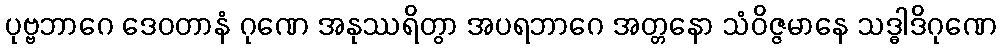
ပုဗ္ဗဘာဂေ ဒေဝတာနံ ဂုဏေ အနုဿရိတွာ အပရဘာဂေ အတ္တနော သံဝိဇ္ဇမာနေ သဒ္ဓါဒိဂုဏေ